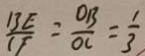
\frac { B E } { C F } = \frac { O B } { O C } = \frac { 1 } { 3 }